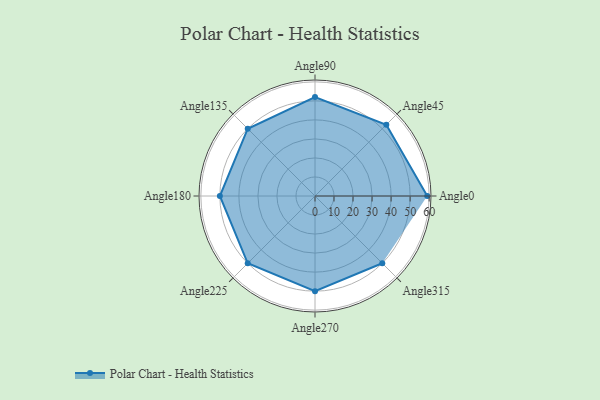
{"axis": {"x": "Angle", "y": "Radius"}, "legend": [""], "data": [{"x": "Angle0", "y": 59.0, "type": ""}, {"x": "Angle45", "y": 53.0, "type": ""}, {"x": "Angle90", "y": 52.0, "type": ""}, {"x": "Angle135", "y": 50, "type": ""}, {"x": "Angle180", "y": 50, "type": ""}, {"x": "Angle225", "y": 50, "type": ""}, {"x": "Angle270", "y": 50, "type": ""}, {"x": "Angle315", "y": 50, "type": ""}]}